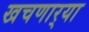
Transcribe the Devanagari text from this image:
खचणार्‍या